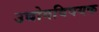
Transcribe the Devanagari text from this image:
उद्योगविषयक